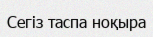
Сегіз таспа ноқыра